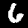
Digit: 6